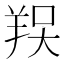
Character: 𦎀